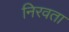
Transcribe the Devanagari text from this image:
निरवता